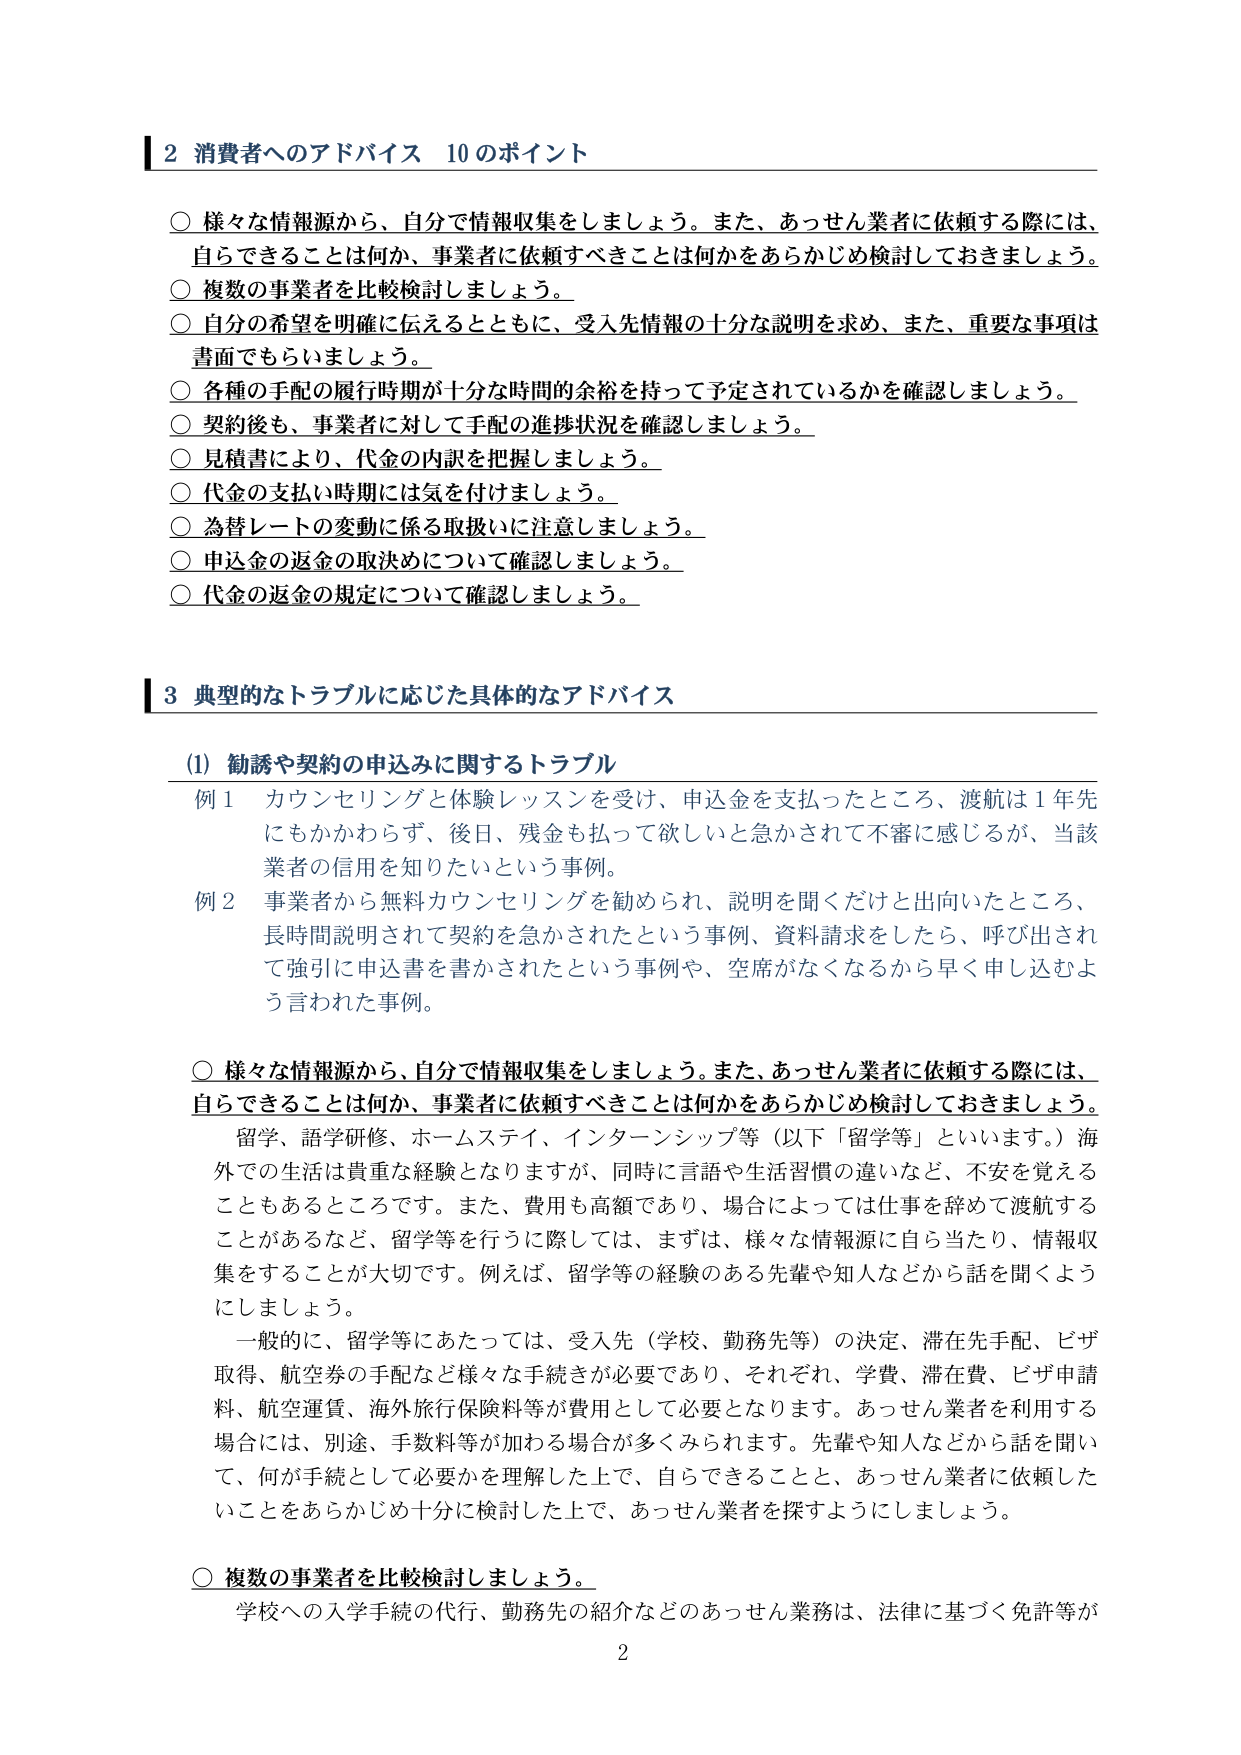
2 消費者へのアドバイス 10のポイント

○ 様々な情報源から、自分で情報収集をしましょう。また、あっせん業者に依頼する際には、自らできることは何か、事業者に依頼すべきことは何かをあらかじめ検討しておきましょう。
○ 複数の事業者を比較検討しましょう。
○ 自分の希望を明確に伝えるとともに、受入先情報の十分な説明を求め、また、重要な事項は書面でもらいましょう。
○ 各種の手配の履行時期が十分な時間的余裕を持って予定されているかを確認しましょう。
○ 契約後も、事業者に対して手配の進捗状況を確認しましょう。
○ 見積書により、代金の内訳を把握しましょう。
○ 代金の支払い時期には気を付けましょう。
○ 為替レートの変動に係る取扱いに注意しましょう。
○ 申込金の返金の取決めについて確認しましょう。
○ 代金の返金の規定について確認しましょう。

3 典型的なトラブルに応じた具体的なアドバイス

(1) 勧誘や契約の申込みに関するトラブル

例1 カウンセリングと体験レッスンを受け、申込金を支払ったところ、渡航は1年先にもかかわらず、後日、残金も払って欲しいと急かされて不審に感じるが、当該業者の信用を知りたいという事例。

例2 事業者から無料カウンセリングを勧められ、説明を聞くだけと出向いたところ、長時間説明されて契約を急かされたという事例、資料請求をしたら、呼び出されて強引に申込書を書かされたという事例や、空席がなくなるから早く申し込むよう言われた事例。

○ 様々な情報源から、自分で情報収集をしましょう。また、あっせん業者に依頼する際には、自らできることは何か、事業者に依頼すべきことは何かをあらかじめ検討しておきましょう。

留学、語学研修、ホームステイ、インターンシップ等（以下「留学等」といいます。）海外での生活は貴重な経験となりますますが、同時に言語や生活習慣の違いなど、不安を覚えることもあるところです。また、費用も高額であり、場合によっては仕事を辞めて渡航することがあるなど、留学等を行うに際しては、まずは、様々な情報源に自ら当たり、情報収集をすることが大切です。例えば、留学等の経験のある先輩や知人などから話を聞くようにしましょう。

一般的に、留学等にあたっては、受入先（学校、勤務先等）の決定、滞在先手配、ビザ取得、航空券の手配など様々な手続きが必要であり、それぞれ、学費、滞在費、ビザ申請料、航空運賃、海外旅行保険料等が費用として必要となります。あっせん業者を利用する場合には、別途、手数料等が加わる場合が多くみられます。先輩や知人などから話を聞いて、何が手続として必要かを理解した上で、自らできることと、あっせん業者に依頼したいことをあらかじめ十分に検討した上で、あっせん業者を探すようにしましょう。

○ 複数の事業者を比較検討しましょう。

学校への入学手続の代行、勤務先の紹介などのあっせん業務は、法律に基づく免許等が

2